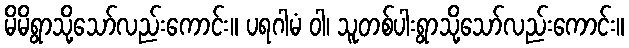
မိမိရွာသို့သော်လည်းကောင်း။ ပရဂါမံ ဝါ၊ သူတစ်ပါးရွာသို့သော်လည်းကောင်း။